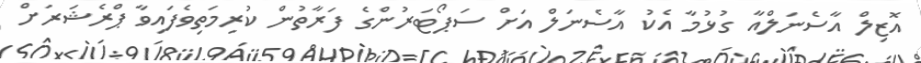
އޮޒިލް އާސެނަލްއާ ގުޅުމާ އެކު އާސެނަލް އަށް ސަޕޯޓަރުންގެ ފަރާތުން ކުރިމަތިވެފައިވާ ޕްރެޝަރަށް